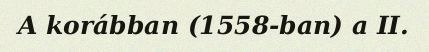
A korábban (1558-ban) a II.